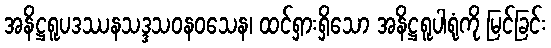
အနိဋ္ဌရူပဒဿနသဒ္ဒသဝနဝသေန၊ ထင်ရှားရှိသော အနိဋ္ဌရူပါရုံကို မြင်ခြင်း